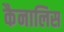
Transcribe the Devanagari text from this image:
कैनालिस